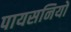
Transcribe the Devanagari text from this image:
पायसनियों